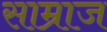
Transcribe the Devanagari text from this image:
साम्राज